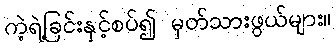
ကဲ့ရဲ့ခြင်းနှင့်စပ်၍ မှတ်သားဖွယ်များ။